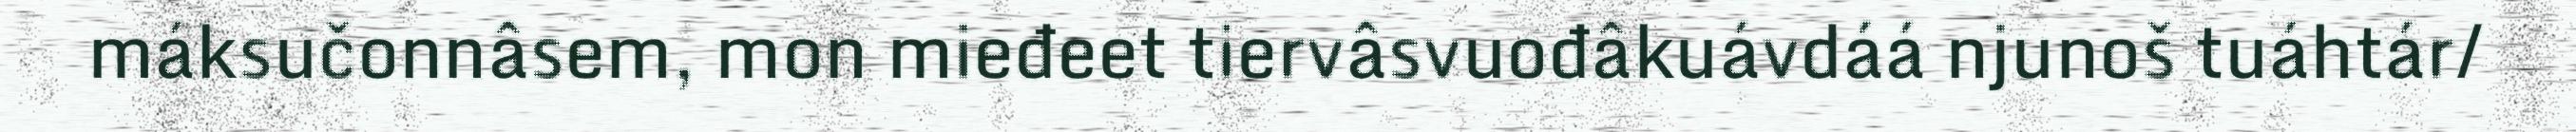
máksučonnâsem, mon mieđeet tiervâsvuođâkuávdáá njunoš tuáhtár/